Leaving Certificate Examination (including Day School Certificate (Higher) General paper), 1939
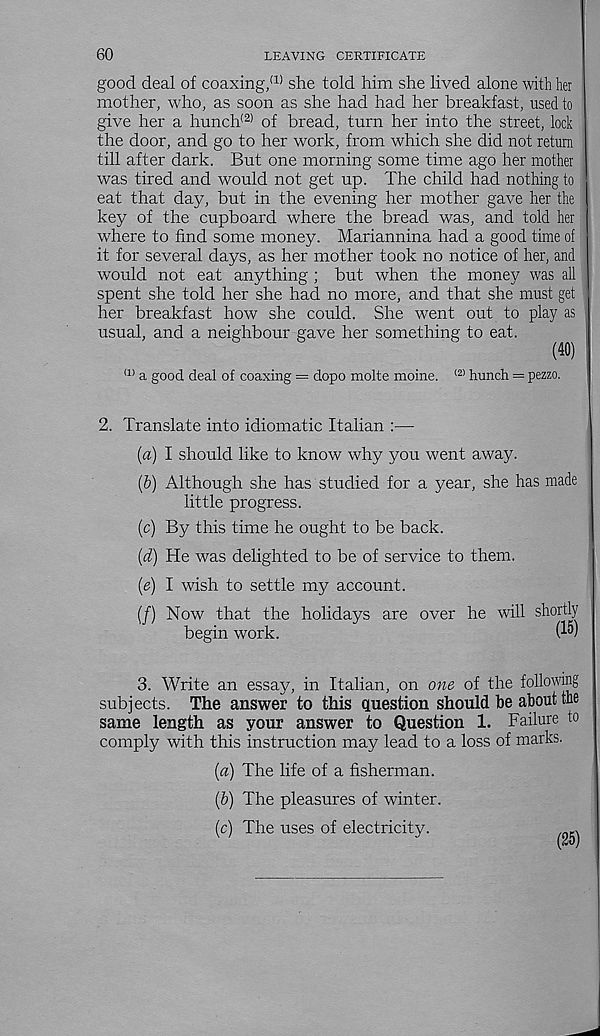
60
LEAVING CERTIFICATE
good deal of coaxing/ 1 ' she told him she lived alone with her
mother, who, as soon as she had had her breakfast, used to
give her a hunch (2) of bread, turn her into the street, lock
the door, and go to her work, from which she did not return
till after dark. But one morning some time ago her mother
was tired and would not get up. The child had nothing to
eat that day, but in the evening her mother gave her the
key of the cupboard where the bread was, and told her
where to find some money. Mariannina had a good time of
it for several days, as her mother took no notice of her, and
would not eat anything ; but when the money was all
spent she told her she had no more, and that she must get
her breakfast how she could. She went out to play as
usual, and a neighbour gave her something to eat.
(40)
<1) a good deal of coaxing = dopo molte moine. <2) hunch = pezzo.
2. Translate into idiomatic Italian :—
{a) I should like to know why you went away.
(6) Although she has studied for a year, she has made
little progress.
(c) By this time he ought to be back.
(d) He was delighted to be of service to them.
(e) I wish to settle my account.
(/) Now that the holidays are over he will shortly
begin work.
(10)
3. Write an essay, in Italian, on one of the following
subjects. The answer to this question should be about the
same length as your answer to Question 1. Failure to
comply with this instruction may lead to a loss of marks.
(a) The life of a fisherman.
(b) The pleasures of winter.
(c) The uses of electricity.
(25)